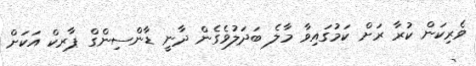
ވެރިކަން ކުރާ ރަށް ކަމުގައިވާ މާލެ ބަދަލުވެގެން ދާނީ ޑާންސިންގް ޕާރކް އަކަށް